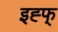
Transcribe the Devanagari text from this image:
इह्फ्